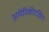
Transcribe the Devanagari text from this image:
अमेरिकीदक्षिण